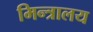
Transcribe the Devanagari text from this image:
मिन्त्रालय